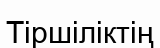
Тіршіліктің